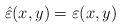
LaTeX: \begin{align*}\hat{\varepsilon }(x,y)=\varepsilon (x,y)\end{align*}